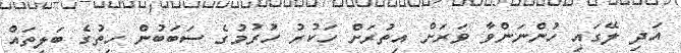
އަދި ލޭގައި ހުންނަންވާ ވަރަށް އިތުރަށް ހަކުރު ހުރުމުގެ ސަބަބުން ހިތުގެ ބަލިތައް